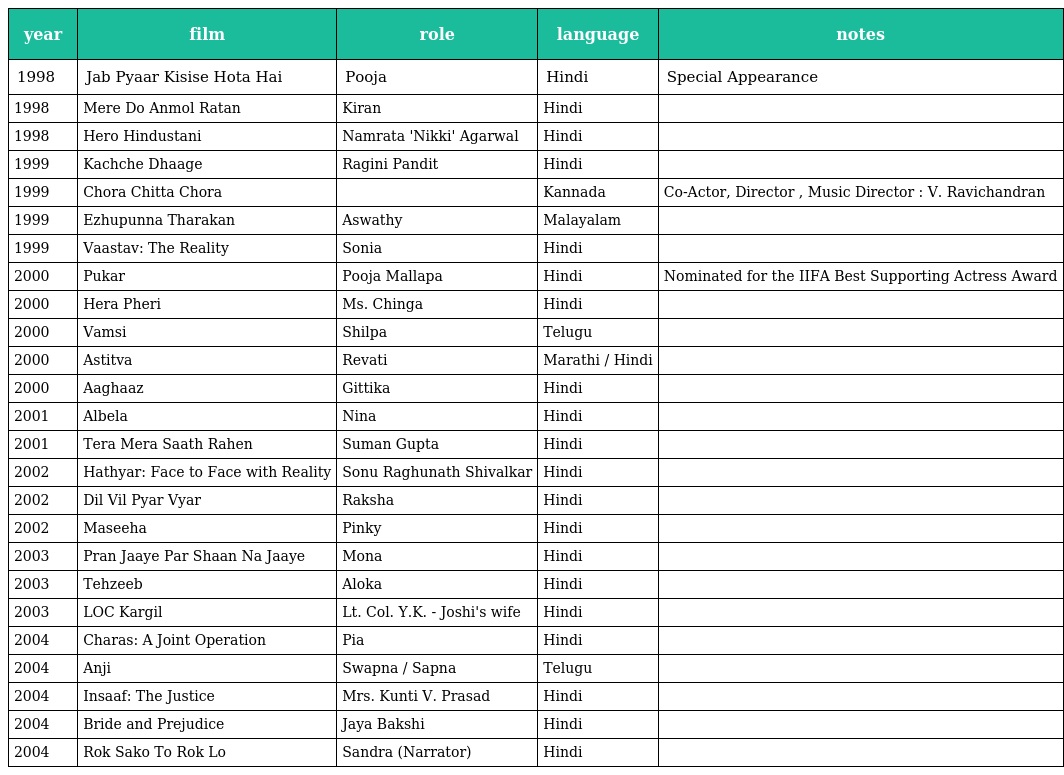
| year | film | role | language | notes |
 | --- | --- | --- | --- | --- |
 | 1998 | Jab Pyaar Kisise Hota Hai | Pooja | Hindi | Special Appearance |
 | 1998 | Mere Do Anmol Ratan | Kiran | Hindi |  |
 | 1998 | Hero Hindustani | Namrata 'Nikki' Agarwal | Hindi |  |
 | 1999 | Kachche Dhaage | Ragini Pandit | Hindi |  |
 | 1999 | Chora Chitta Chora |  | Kannada | Co-Actor, Director , Music Director : V. Ravichandran |
 | 1999 | Ezhupunna Tharakan | Aswathy | Malayalam |  |
 | 1999 | Vaastav: The Reality | Sonia | Hindi |  |
 | 2000 | Pukar | Pooja Mallapa | Hindi | Nominated for the IIFA Best Supporting Actress Award |
 | 2000 | Hera Pheri | Ms. Chinga | Hindi |  |
 | 2000 | Vamsi | Shilpa | Telugu |  |
 | 2000 | Astitva | Revati | Marathi / Hindi |  |
 | 2000 | Aaghaaz | Gittika | Hindi |  |
 | 2001 | Albela | Nina | Hindi |  |
 | 2001 | Tera Mera Saath Rahen | Suman Gupta | Hindi |  |
 | 2002 | Hathyar: Face to Face with Reality | Sonu Raghunath Shivalkar | Hindi |  |
 | 2002 | Dil Vil Pyar Vyar | Raksha | Hindi |  |
 | 2002 | Maseeha | Pinky | Hindi |  |
 | 2003 | Pran Jaaye Par Shaan Na Jaaye | Mona | Hindi |  |
 | 2003 | Tehzeeb | Aloka | Hindi |  |
 | 2003 | LOC Kargil | Lt. Col. Y.K. - Joshi's wife | Hindi |  |
 | 2004 | Charas: A Joint Operation | Pia | Hindi |  |
 | 2004 | Anji | Swapna / Sapna | Telugu |  |
 | 2004 | Insaaf: The Justice | Mrs. Kunti V. Prasad | Hindi |  |
 | 2004 | Bride and Prejudice | Jaya Bakshi | Hindi |  |
 | 2004 | Rok Sako To Rok Lo | Sandra (Narrator) | Hindi |  |